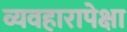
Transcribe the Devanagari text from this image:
व्यवहारापेक्षा